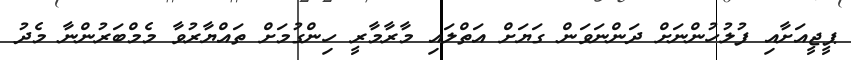
ޕީޖީއަށާއި ފުލުހުންނަށް ދަންނަވަން ގަޔަށް އަތްލައި މާރާމާރީ ހިންގުމަށް ތައްޔާރުވާ މެމްބަރުންނާ މެދު